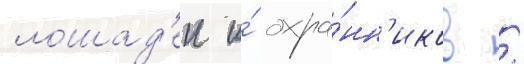
лошад'еи и́ охра́нн'иков /